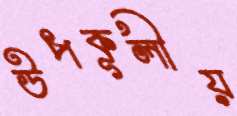
উপকূলীয়